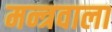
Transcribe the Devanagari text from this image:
मन्त्रवाला